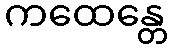
ကထေန္တေ